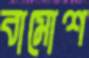
বামোশ